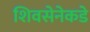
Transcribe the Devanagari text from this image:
शिवसेनेकडे